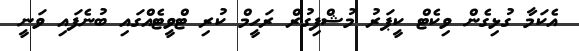
އެކަމާ ގުޅިގެން ވިކެޓް ކީޕަރު މުޝްފިގުރް ރަހީމް ކުރި ޓްވީޓެއްގައި ބުނެފައި ވަނީ